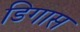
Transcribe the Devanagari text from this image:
डिगास